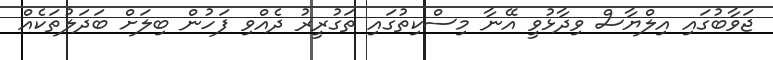
ޖަވާބުގައި އިލްޔާސް ވިދާޅުވީ އޭނާ މިސްކިތުގައި ތަގުރީރު ދެއްވި ފަހުން ބިލަށް ބަދަލުތަކެއް